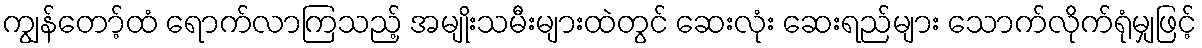
ကျွန်တော့်ထံ ရောက်လာကြသည့် အမျိုးသမီးများထဲတွင် ဆေးလုံး ဆေးရည်များ သောက်လိုက်ရုံမျှဖြင့်